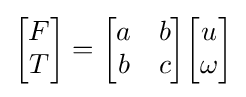
{\begin{bmatrix}F\\T\end{bmatrix}}={\begin{bmatrix}a&b\\b&c\end{bmatrix}}{\begin{bmatrix}u\\\omega \end{bmatrix}}